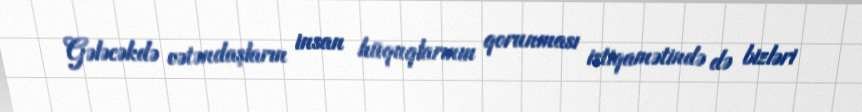
Gələcəkdə vətəndaşların insan hüquqlarının qorunması istiqamətində də bizləri